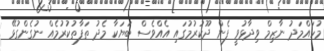
މުހައްމަދު ނާޒިމް ވިދާޅުވީ ފެން ދޫކުރުމުގައި އެއްވެސް ބަޔަކާ މެދު ތަފާތުކުރުމެއް ނުގެންގުޅޭ